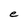
Character: e